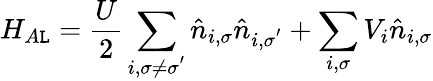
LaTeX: H_{A\mathtt{L}}=\frac{{U}}{{2}}\sum_{i,\sigma\neq\sigma^{'}}\hat{{n}}_{i,\sigma}\hat{{n}}_{i,\sigma^{'}}+\sum_{i,\sigma}V_{i}\hat{{n}}_{i,\sigma}